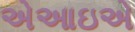
એઆઇએ